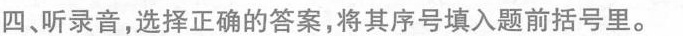
四、听录音，选择正确的答案，将其序号填入题前括号里。